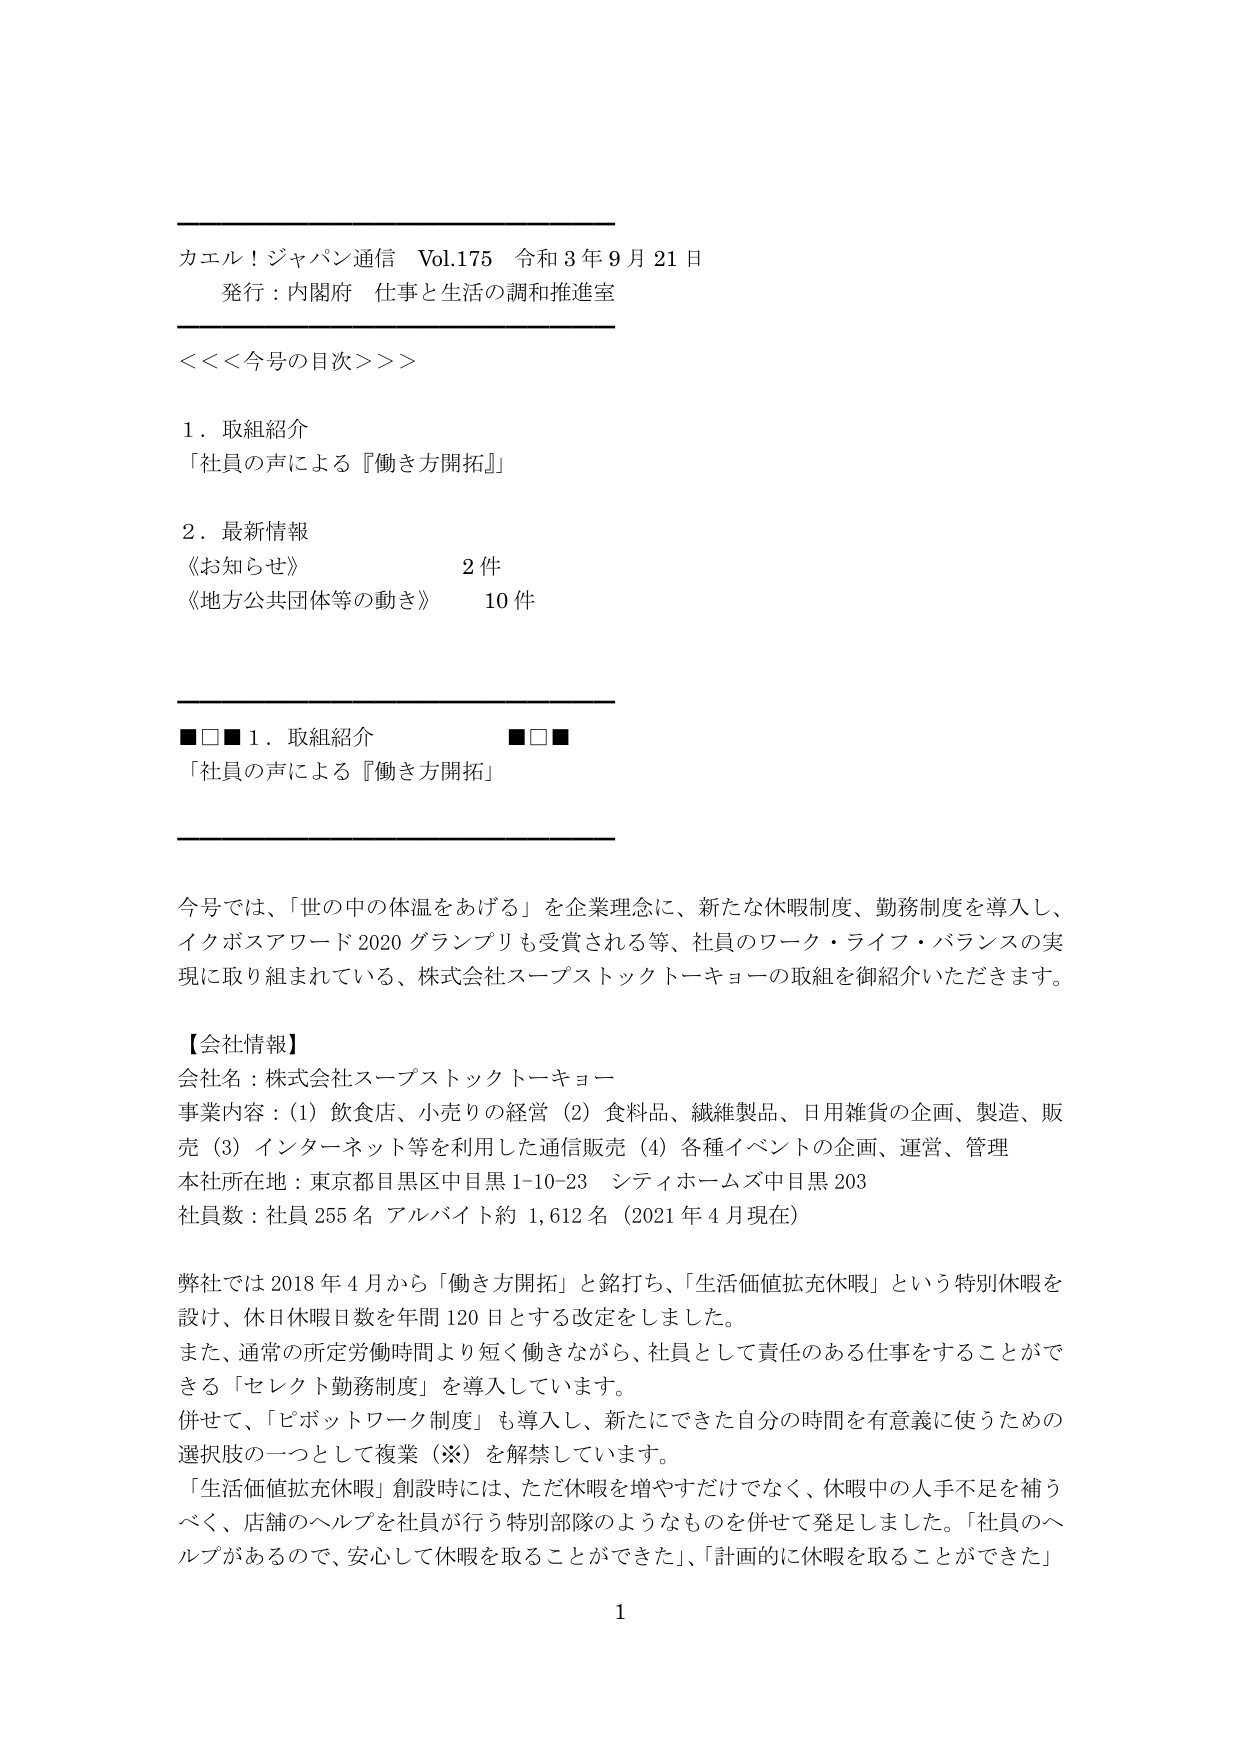
カエル！ジャパン通信 Vol.175 令和3年9月21日
発行：内閣府 仕事と生活の調和推進室

<<<今号の目次>>>

1．取組紹介
「社員の声による『働き方開拓』」

2．最新情報
《お知らせ》 2件
《地方公共団体等の動き》 10件

■□■1．取組紹介 ■□■
「社員の声による『働き方開拓』」

今号では、「世の中の体温をあげる」を企業理念に、新たな休暇制度、勤務制度を導入し、
イクボスアワード2020グランプリも受賞される等、社員のワーク・ライフ・バランスの実
現に取り組まれている、株式会社スーパーストックトーキョーの取組を御紹介いただきます。

【会社情報】
会社名：株式会社スーパーストックトーキョー
事業内容：(1) 飲食店、小売りの経営 (2) 食料品、繊維製品、日用雑貨の企画、製造、販
売 (3) インターネット等を利用した通信販売 (4) 各種イベントの企画、運営、管理
本社所在地：東京都目黒区中目黒1-10-23 シティホームズ中目黒203
社員数：社員255名 アルバイト約1,612名（2021年4月現在）

弊社では2018年4月から「働き方開拓」と銘打ち、「生活価値拡充休暇」という特別休暇を
設け、休日休暇日数を年間120日とする改定をしました。
また、通常の所定労働時間より短く働きながら、社員として責任のある仕事をすることができ
る「セレクト勤務制度」を導入しています。
併せて、「ピボットワーク制度」も導入し、新たにできた自分の時間を有意義に使うための
選択肢の一つとして復業（※）を解禁しています。
「生活価値拡充休暇」創設時には、ただ休暇を増やすだけでなく、休暇中の人手不足を補う
べく、店舗のヘルプを社員が行う特別部隊のようなものを併せて発足しました。「社員のヘ
ルプがあるので、安心して休暇を取ることができた」、「計画的に休暇を取ることができた」

1